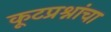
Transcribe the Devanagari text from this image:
कूटप्रश्नांचा